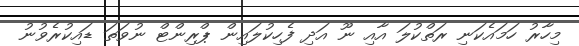
މިހާރު ހަމައެކަނި ރަތްކުލަ އާއި ނޫ އަދި ފެހިކުލައިން ޕްރިންޓް ނުވަތަ ޑައިކުރެވުނު